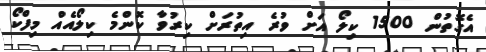
އެގޮތުން 1500 ކިލޯ އަށް ވުރެ އިތުރަށް ކިރުވާ ކޮންމެ ކިލޯއެއް މިފްކޯ